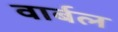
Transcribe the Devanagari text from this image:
वार्बल